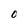
Character: O